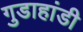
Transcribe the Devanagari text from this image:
गुडाहांडी